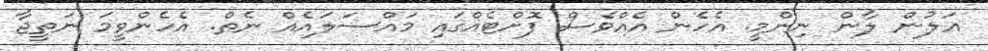
އަލުން ލާން ނިންމީ. އެހެން އެއްވެސް ފޮށްޓެއްގައި މައްސަލައެއް ނެތް. އެހެންވީމަ ނަތީޖާ